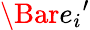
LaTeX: \Bar{e_{i}}^{\prime}